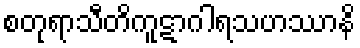
စတုရာသီတိကူဋာဂါရသဟဿာနိ